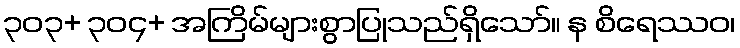
၃၀၃+ ၃၀၄+ အကြိမ်များစွာပြုသည်ရှိသော်။ န စိရေဿဝ၊